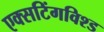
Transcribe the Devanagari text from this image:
एक्सटिंगविश्ड